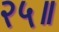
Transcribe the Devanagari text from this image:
२५॥